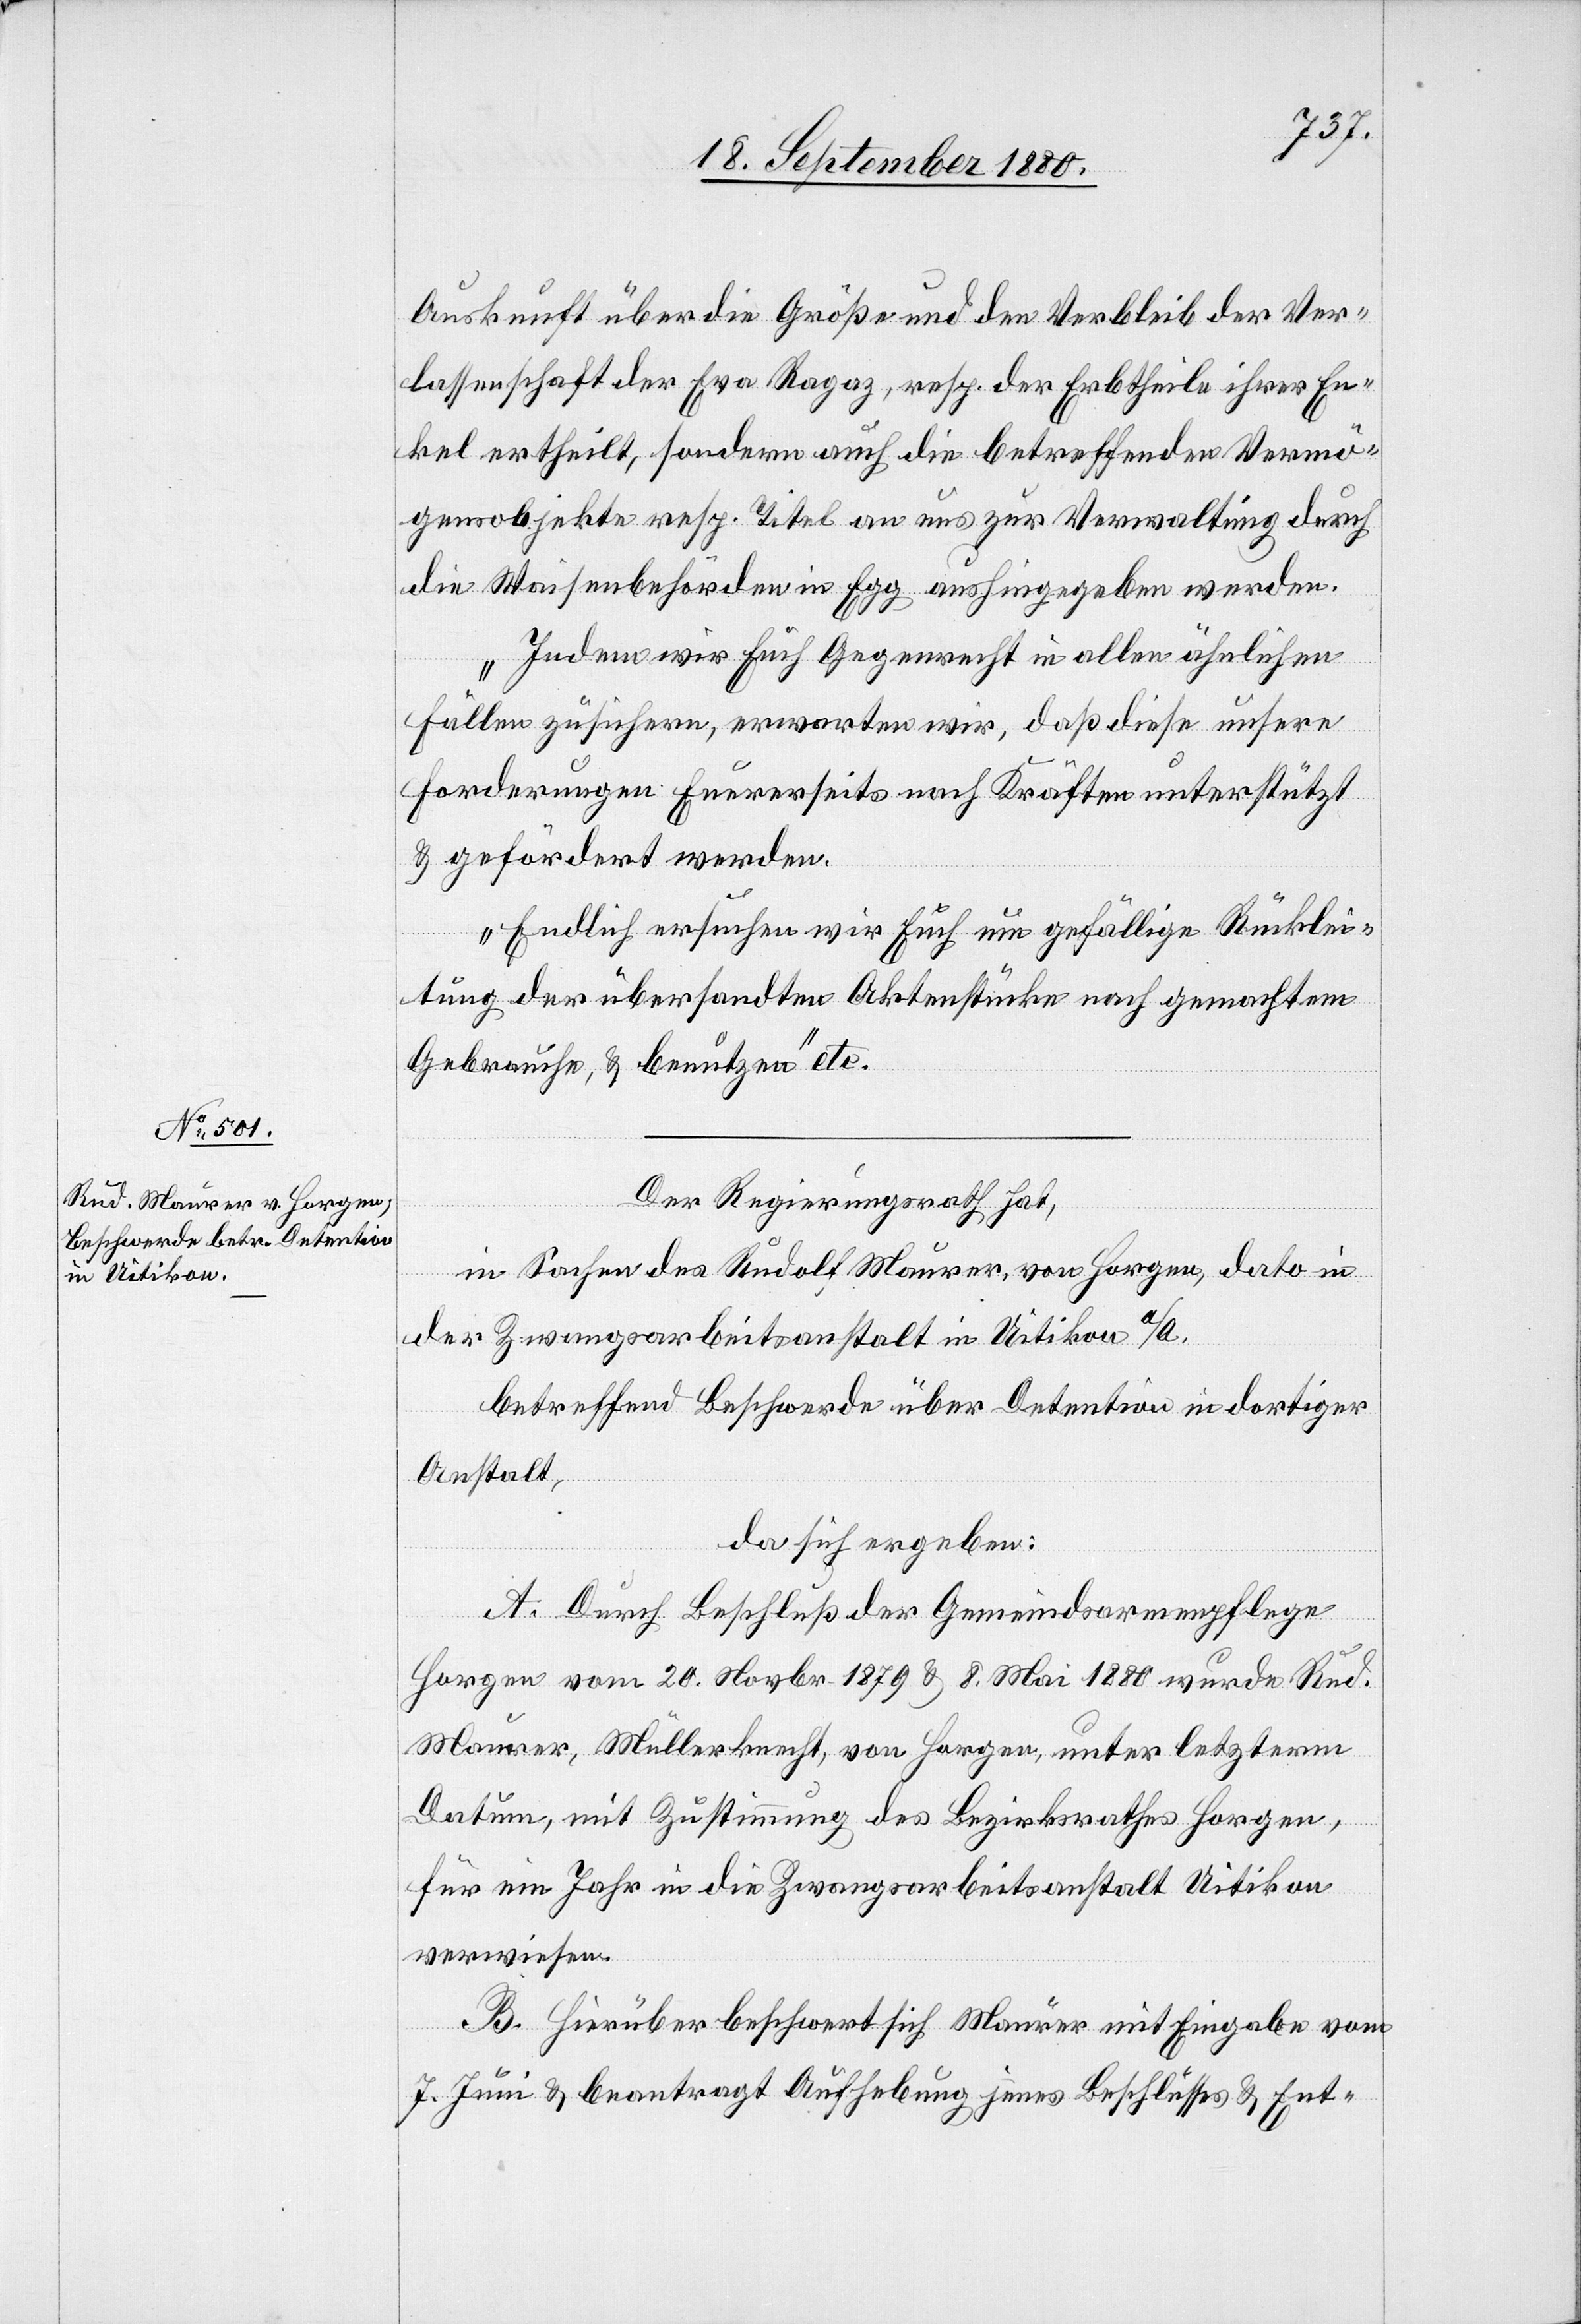
Auskunft über die Größe und den Verbleib der Ver¬
lassenschaft der Eva Ragaz, resp. der Erbtheile ihrer En¬
kel ertheilt, sondern auch die betreffenden Vermö¬
gensobjekte resp. Titel an uns zur Verwaltung durch
die Waisenbehörden in Egg aushingegeben werden.
Indem wir Euch Gegenrecht in allen ähnlichen
Fällen zusichern, erwarten wir, daß diese unsere
Forderungen Eurerseits nach Kräften unterstützt
& gefördert werden.
Endlich ersuchen wir Euch um gefällige Rücklei¬
tung der übersandten Aktenstücke nach gemachtem
Gebrauch, & benutzen“ etc.
Der Regierungsrath hat,
in Sachen des Rudolf Maurer von Horgen, dato in
der Zwangsarbeitenanstalt in Uitikon a/A.
betreffend Beschwerde über Detention in dortiger
Anstalt,
da sich ergeben:
A. Durch Beschluß der Gemeindsarmenpflege
Horgen vom 20. Novbr. 1879 & 8. Mai 1880 wurde Rud.
Maurer, Müllerknecht, von Horgen, unter letzterm
Datum, mit Zustimmung des Bezirksrathes Horgen,
für ein Jahr in die Zwangsarbeitenanstalt Uitikon
verwiesen.
B. Hierüber beschwert sich Maurer mit Eingabe vom
7. Juni & beantragt Aufhebung jenes Beschlusses & Ent-